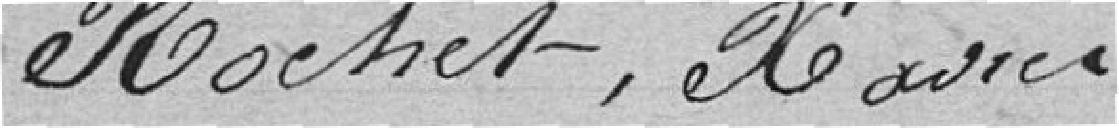
Rocher, Xavier